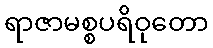
ရာဇာမစ္စပရိဝုတော